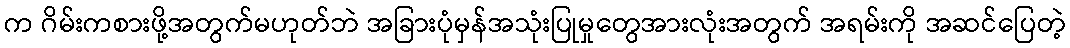
က ဂိမ်းကစားဖို့အတွက်မဟုတ်ဘဲ အခြားပုံမှန်အသုံးပြုမှုတွေအားလုံးအတွက် အရမ်းကို အဆင်ပြေတဲ့